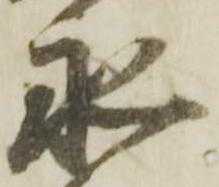
永